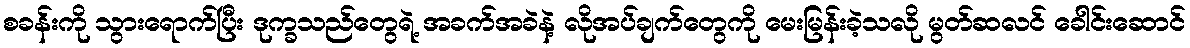
စခန်းကို သွားရောက်ပြီး ဒုက္ခသည်တွေရဲ့ အခက်အခဲနဲ့ လိုအပ်ချက်တွေကို မေးမြန်းခဲ့သလို မွတ်ဆလင် ခေါင်းဆောင်